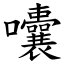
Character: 囔